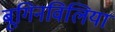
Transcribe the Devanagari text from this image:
बूगिनविलिया